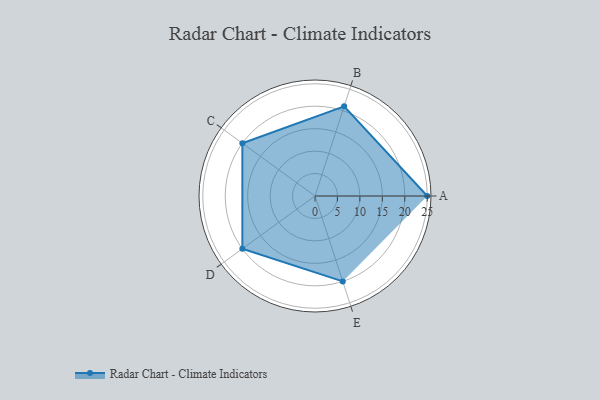
{"axis": {"x": "Skill", "y": "Score"}, "legend": ["Profile"], "data": [{"x": "A", "y": 25.0, "type": "Profile"}, {"x": "B", "y": 21.0, "type": "Profile"}, {"x": "C", "y": 20, "type": "Profile"}, {"x": "D", "y": 20, "type": "Profile"}, {"x": "E", "y": 20, "type": "Profile"}]}